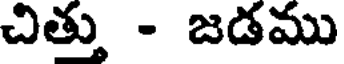
చిత్తు - జడము